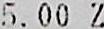
5.00 Z